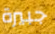
جبيرة